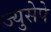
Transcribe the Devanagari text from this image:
ज्युसेपे